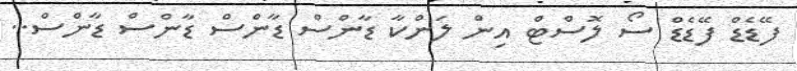
ފޭޑެޑް ފޭޑެޑް ސޯ ލޮސްޓް އިން ލަންކާ ޑާންސް ޑާންސް ޑާންސް ޑާންސް..